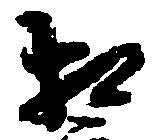
相